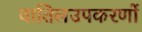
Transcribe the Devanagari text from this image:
वातिलउपकरणों